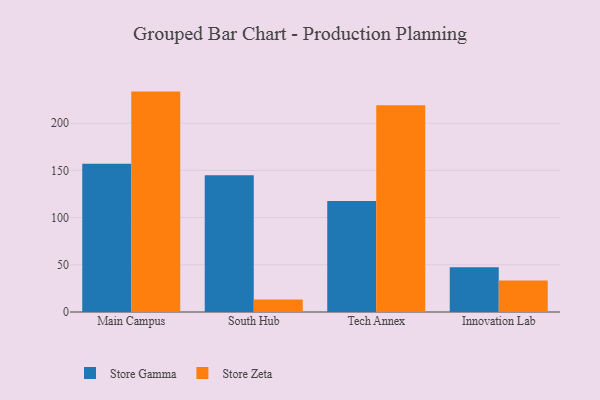
{"axis": {"x": "Campus", "y": "Gross Profit (USD K)"}, "legend": ["Store Gamma", "Store Zeta"], "data": [{"x": "Main Campus", "y": 157.0, "type": "Store Gamma"}, {"x": "Main Campus", "y": 233.4, "type": "Store Zeta"}, {"x": "South Hub", "y": 144.7, "type": "Store Gamma"}, {"x": "South Hub", "y": 13.2, "type": "Store Zeta"}, {"x": "Tech Annex", "y": 117.5, "type": "Store Gamma"}, {"x": "Tech Annex", "y": 218.9, "type": "Store Zeta"}, {"x": "Innovation Lab", "y": 47.4, "type": "Store Gamma"}, {"x": "Innovation Lab", "y": 33.4, "type": "Store Zeta"}]}